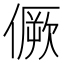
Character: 𠎮